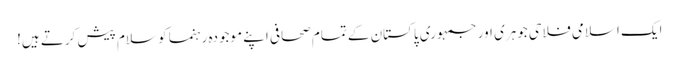
ایک اسلامی فلاحی جوہری اور جمہوری پاکستان کے تمام صحافی اپنے موجودہ رہنما کو سلام پیش کرتے ہیں!